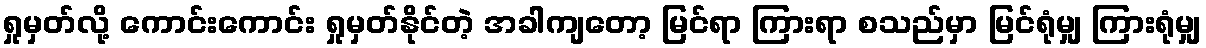
ရှုမှတ်လို့ ကောင်းကောင်း ရှုမှတ်နိုင်တဲ့ အခါကျတော့ မြင်ရာ ကြားရာ စသည်မှာ မြင်ရုံမျှ ကြားရုံမျှ